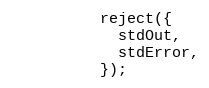
Language: JavaScript
          reject({
            stdOut,
            stdError,
          });